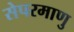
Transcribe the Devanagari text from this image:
सेपरमाणु